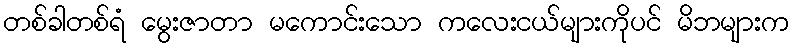
တစ်ခါတစ်ရံ မွေးဇာတာ မကောင်းသော ကလေးငယ်များကိုပင် မိဘများက